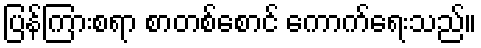
ပြန်ကြားစရာ စာတစ်စောင် ကောက်ရေးသည်။